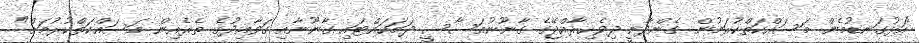
"އަޅުގަނޑުމެން މަސައްކަތްކުރަމުން ގެންދާނީ ދިވެހިރާއްޖޭގެ ގާނޫނުއަސާސީ ދަމަހައްޓައި ގާނޫނާއި ގަވާއިދުގެ ތެރެއިން މަސައްކަތްކުރުމަށް"